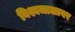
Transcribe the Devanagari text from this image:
विश्वजालावर